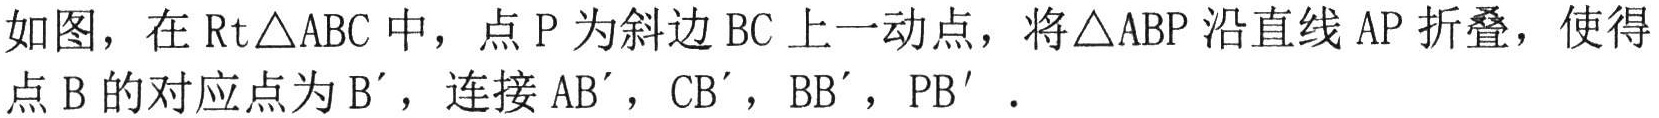
如图，在$\text{Rt}\triangle ABC$中，点$P$为斜边$BC$上一动点，将$\triangle ABP$沿直线$AP$折叠，使得点$B$的对应点为$B'$，连接$AB'$，$CB'$，$BB'$，$PB'$．